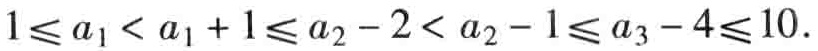
\(1\leqslant a_{1}< a_{1} + 1\leqslant a_{2} - 2< a_{2} - 1\leqslant a_{3} - 4\leqslant 10\)